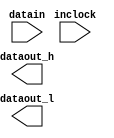
// megafunction wizard: %ALTDDIO_IN%VBB%
// GENERATION: STANDARD
// VERSION: WM1.0
// MODULE: ALTDDIO_IN 

// ============================================================
// Megafunction Name(s):
// 			ALTDDIO_IN
//
// Simulation Library Files(s):
// 			altera_mf
// ============================================================
// ************************************************************
// THIS IS A WIZARD-GENERATED FILE. DO NOT EDIT THIS FILE!
//
// 18.0.0 Build 614 04/24/2018 SJ Lite Edition
// ************************************************************

//Copyright (C) 2018  Intel Corporation. All rights reserved.
//Your use of Intel Corporation's design tools, logic functions 
//and other software and tools, and its AMPP partner logic 
//functions, and any output files from any of the foregoing 
//(including device programming or simulation files), and any 
//associated documentation or information are expressly subject 
//to the terms and conditions of the Intel Program License 
//Subscription Agreement, the Intel Quartus Prime License Agreement,
//the Intel FPGA IP License Agreement, or other applicable license
//agreement, including, without limitation, that your use is for
//the sole purpose of programming logic devices manufactured by
//Intel and sold by Intel or its authorized distributors.  Please
//refer to the applicable agreement for further details.

module ddio_in (
	datain,
	inclock,
	dataout_h,
	dataout_l);

	input	[4:0]  datain;
	input	  inclock;
	output	[4:0]  dataout_h;
	output	[4:0]  dataout_l;

endmodule

// ============================================================
// CNX file retrieval info
// ============================================================
// Retrieval info: LIBRARY: altera_mf altera_mf.altera_mf_components.all
// Retrieval info: PRIVATE: INTENDED_DEVICE_FAMILY STRING "Cyclone IV E"
// Retrieval info: CONSTANT: INTENDED_DEVICE_FAMILY STRING "Cyclone IV E"
// Retrieval info: CONSTANT: INVERT_INPUT_CLOCKS STRING "ON"
// Retrieval info: CONSTANT: LPM_HINT STRING "UNUSED"
// Retrieval info: CONSTANT: LPM_TYPE STRING "altddio_in"
// Retrieval info: CONSTANT: POWER_UP_HIGH STRING "OFF"
// Retrieval info: CONSTANT: WIDTH NUMERIC "5"
// Retrieval info: USED_PORT: datain 0 0 5 0 INPUT NODEFVAL "datain[4..0]"
// Retrieval info: CONNECT: @datain 0 0 5 0 datain 0 0 5 0
// Retrieval info: USED_PORT: dataout_h 0 0 5 0 OUTPUT NODEFVAL "dataout_h[4..0]"
// Retrieval info: CONNECT: dataout_h 0 0 5 0 @dataout_h 0 0 5 0
// Retrieval info: USED_PORT: dataout_l 0 0 5 0 OUTPUT NODEFVAL "dataout_l[4..0]"
// Retrieval info: CONNECT: dataout_l 0 0 5 0 @dataout_l 0 0 5 0
// Retrieval info: USED_PORT: inclock 0 0 0 0 INPUT_CLK_EXT NODEFVAL "inclock"
// Retrieval info: CONNECT: @inclock 0 0 0 0 inclock 0 0 0 0
// Retrieval info: GEN_FILE: TYPE_NORMAL ddio_in.v TRUE FALSE
// Retrieval info: GEN_FILE: TYPE_NORMAL ddio_in.qip TRUE FALSE
// Retrieval info: GEN_FILE: TYPE_NORMAL ddio_in.bsf FALSE TRUE
// Retrieval info: GEN_FILE: TYPE_NORMAL ddio_in_inst.v FALSE TRUE
// Retrieval info: GEN_FILE: TYPE_NORMAL ddio_in_bb.v TRUE TRUE
// Retrieval info: GEN_FILE: TYPE_NORMAL ddio_in.inc FALSE TRUE
// Retrieval info: GEN_FILE: TYPE_NORMAL ddio_in.cmp FALSE TRUE
// Retrieval info: GEN_FILE: TYPE_NORMAL ddio_in.ppf TRUE FALSE
// Retrieval info: LIB_FILE: altera_mf